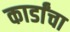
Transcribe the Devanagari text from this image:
कार्डांचा